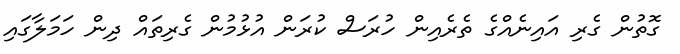
ގޮތުން ގެރި އައިނެއްގެ ތެރެއިން ހުރަސް ކުރަން އުޅުމުން ގެރިތައް ދިން ހަމަލާގައި